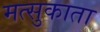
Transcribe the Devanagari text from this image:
मत्सुकाता